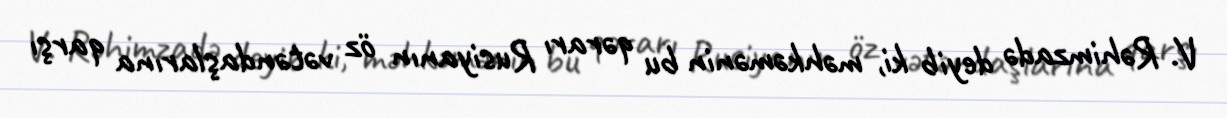
V. Rəhimzadə deyib ki, məhkəmənin bu qərarı Rusiyanın öz vətəndaşlarına qarşı